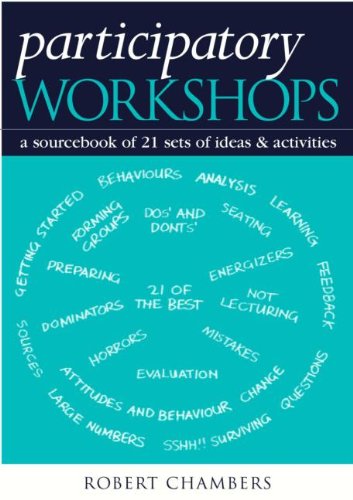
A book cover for Participatory Workshops: A Sourcebook of 21 Sets of Ideas and Activities; Robert Chambers; Business & Money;